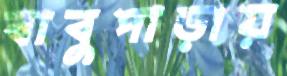
বাবুপাড়ায়